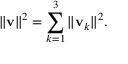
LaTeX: \| \mathbf { v } \| ^ { 2 } = \sum _ { k = 1 } ^ { 3 } \| \mathbf { v } _ { k } \| ^ { 2 } .